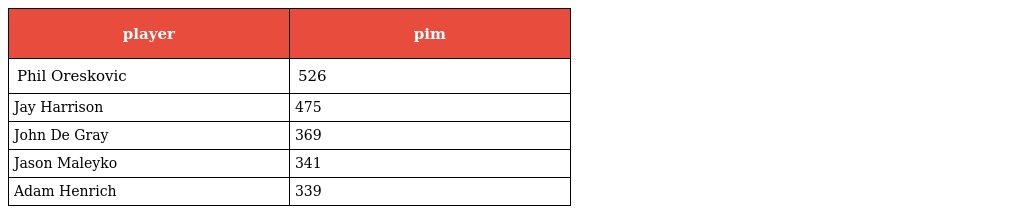
| player | pim |
 | --- | --- |
 | Phil Oreskovic | 526 |
 | Jay Harrison | 475 |
 | John De Gray | 369 |
 | Jason Maleyko | 341 |
 | Adam Henrich | 339 |